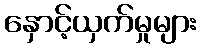
နှောင့်ယှက်မှုများ